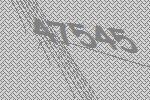
47545